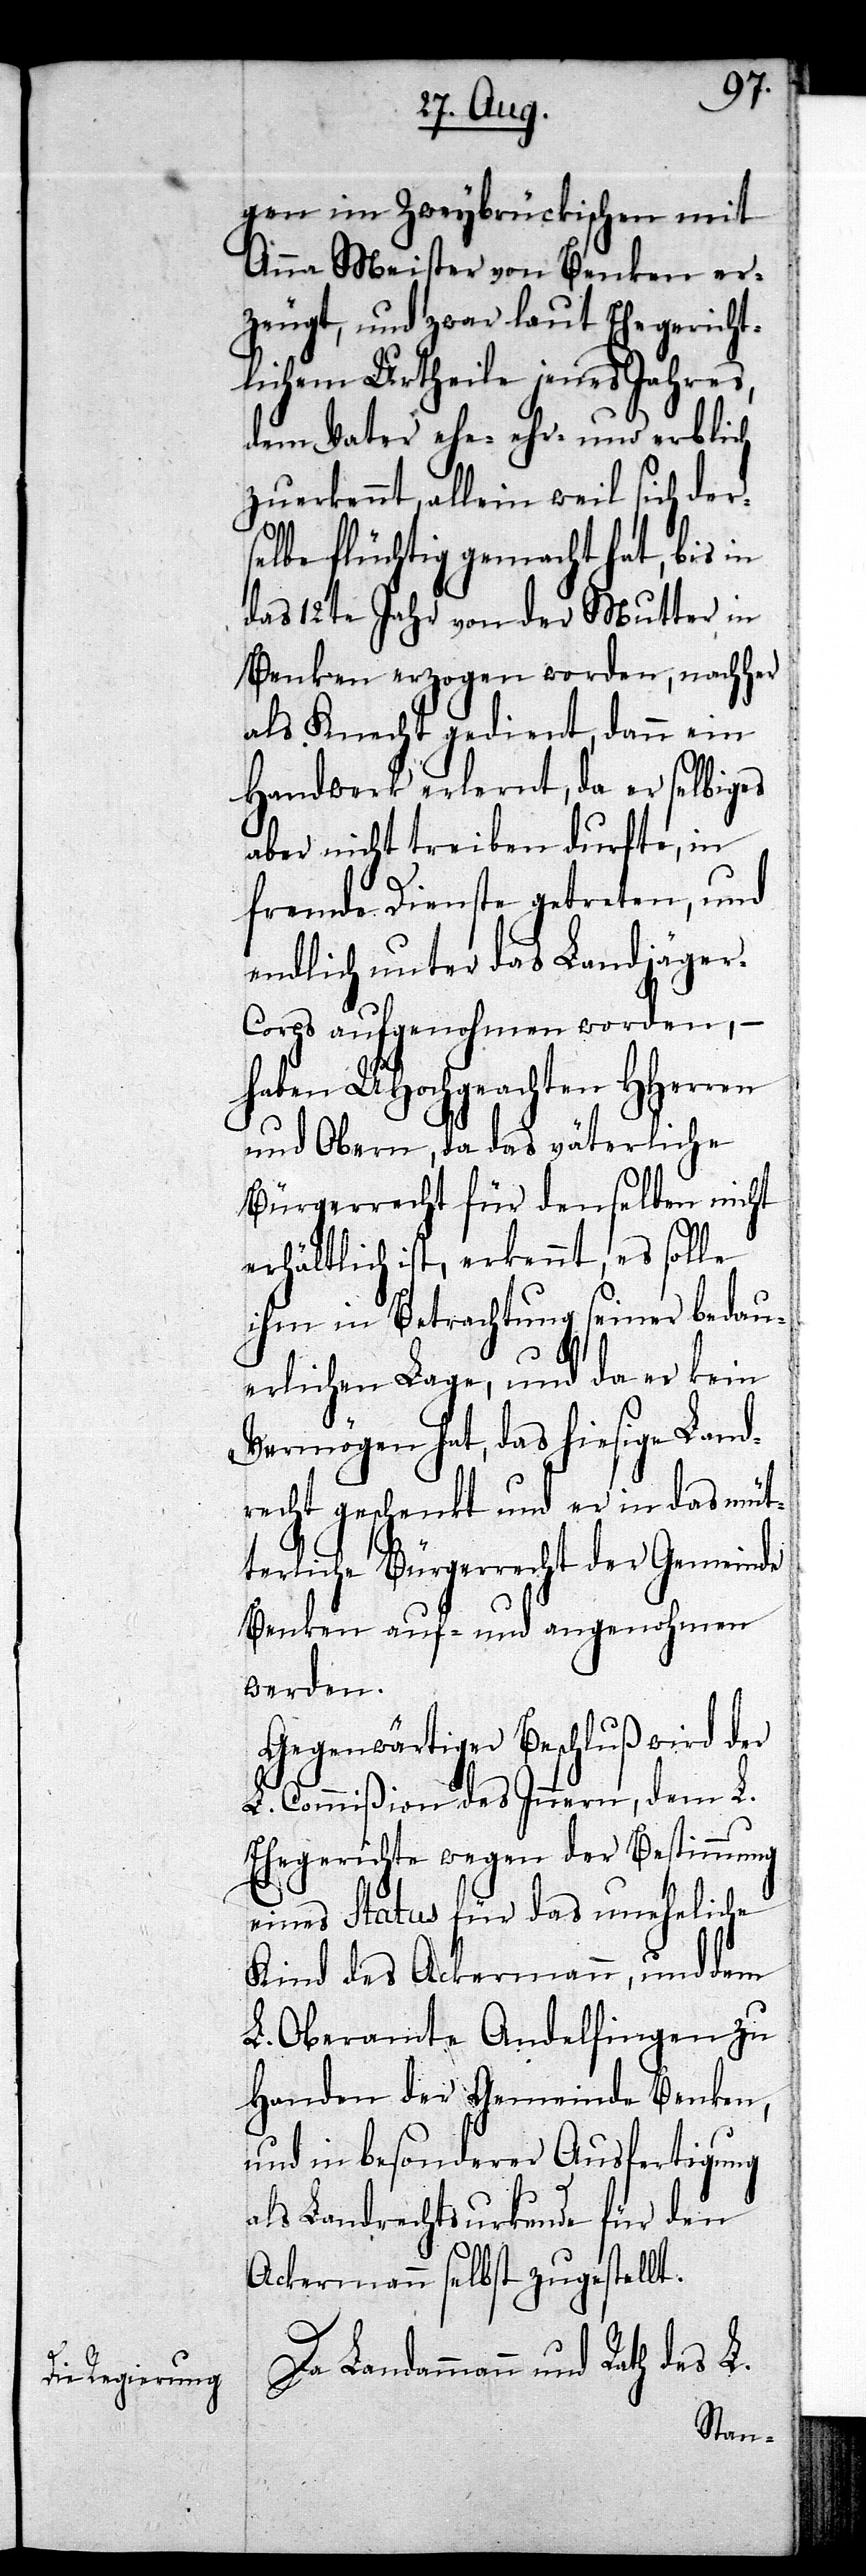
gen im Zweybrückischen mit
Anna Meister von Benken er¬
zeugt, und zwar laut Ehegericht¬
lichem Urtheile jenes Jahres,
dem Vater ehe- ehr- und erblich
zuerkannt, allein weil sich der¬
selbe flüchtig gemacht hat, bis in
das 12te Jahr von der Mutter in
Benken erzogen worden, nachher
als Knecht gedient, dann ein
Handwerk erlernt, da er selbiges
aber nicht treiben durfte, in
fremde Dienste getreten, und
endlich unter das Landjäge¬
r-Corps aufgenohmen worden, –
haben UHochgeachten HHerren
und Obern, da das väterliche
Bürgerrecht für denselben nicht
erhältlich ist, erkennt, es solle
ihm in Betrachtung seiner bedau¬
erlichen Lage, und da er kein
Vermögen hat, das hiesige Land¬
recht geschenkt und er in das müt¬
terliche Bürgerrecht der Gemeinde
Benken auf- und angenohmen
werden.
Gegenwärtiger Beschluß wird der
L. Commißion des Innern, dem L.
Ehegerichte wegen der Bestimmung
eines Status für das uneheliche
Kind des Ackermann, und dem
L. Oberamte Andelfingen zu
Handen der Gemeinde Benken,
und in besonderer Ausfertigung
als Landrechtsurkunde für den
Ackermann selbst zugestellt.
Landammann und Rath des L.